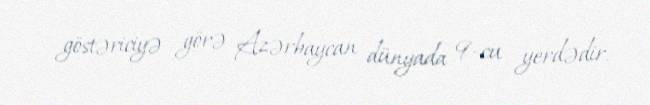
göstəriciyə görə Azərbaycan dünyada 9-cu yerdədir.